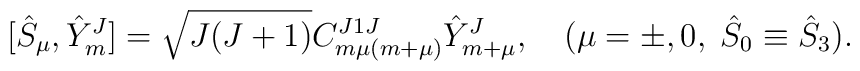
[{\hat S}_\mu, {\hat Y}_{m}^J]=\sqrt{J(J+1)}C_{m \mu (m+\mu)}^{J1J} {\hat Y}_{m+\mu}^J,\quad(\mu=\pm,0,\;{\hat S}_0\equiv {\hat S}_3).